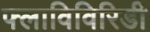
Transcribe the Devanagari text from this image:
फ्लाविविरिडी